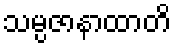
သမ္ပဇာနာထာတိ